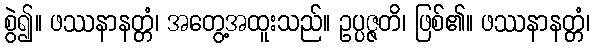
စွဲ၍။ ဖဿနာနတ္တံ၊ အတွေ့အထူးသည်။ ဥပ္ပဇ္ဇတိ၊ ဖြစ်၏။ ဖဿနာနတ္တံ၊